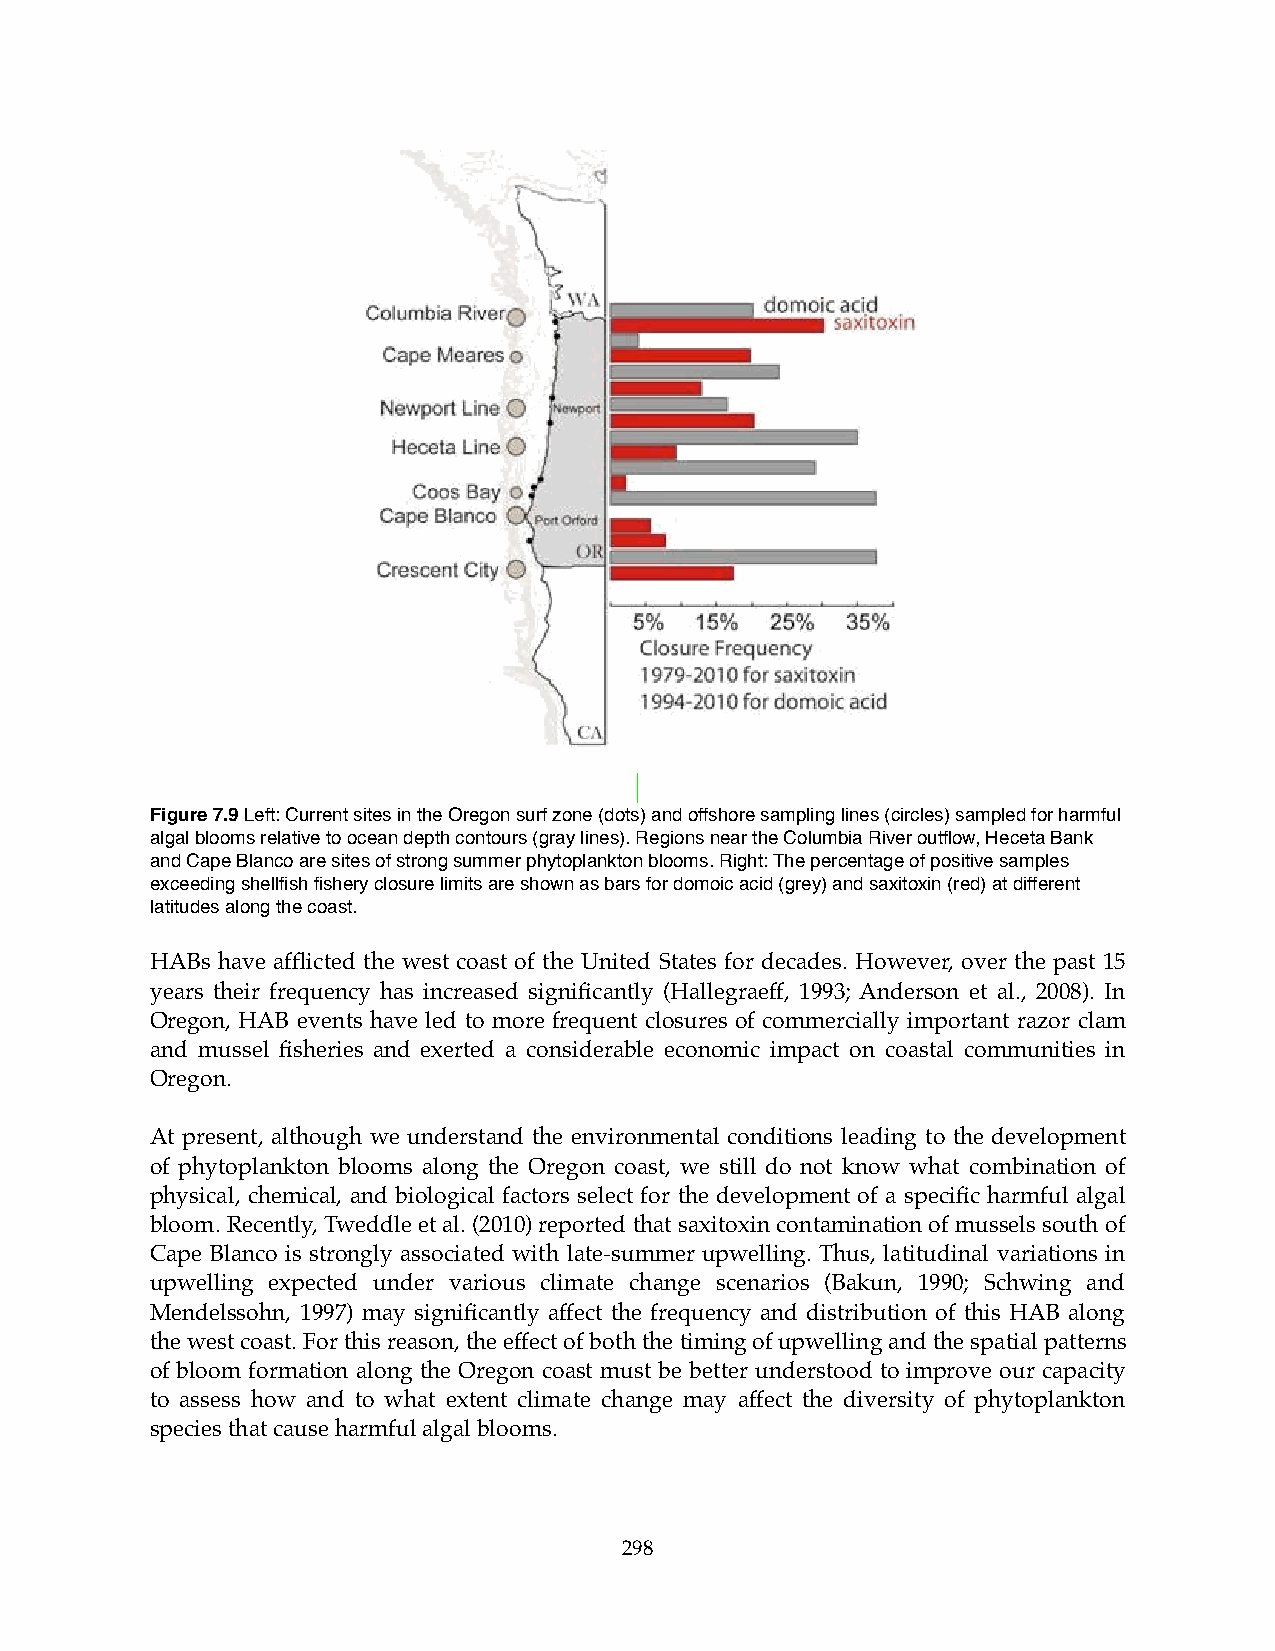
Figure 7.9 Left: Current sites in the Oregon surf zone (dots) and offshore sampling lines (circles) sampled for harmful
 algal blooms relative to ocean depth contours (gray lines). Regions near the Columbia River outflow, Heceta Bank
 and Cape Blanco are sites of strong summer phytoplankton blooms. Right: The percentage of positive samples
 exceeding shellfish fishery closure limits are shown as bars for domoic acid (grey) and saxitoxin (red) at different
 latitudes along the coast.
 HABs have afflicted the west coast of the United States for decades. However, over the past 15
 years their frequency has increased significantly (Hallegraeff, 1993; Anderson et al., 2008). In
 Oregon, HAB events have led to more frequent closures of commercially important razor clam
 and mussel fisheries and exerted a considerable economic impact on coastal communities in
 Oregon.
 At present, although we understand the environmental conditions leading to the development
 of phytoplankton blooms along the Oregon coast, we still do not know what combination of
 physical, chemical, and biological factors select for the development of a specific harmful algal
 bloom. Recently, Tweddle et al. (2010) reported that saxitoxin contamination of mussels south of
 Cape Blanco is strongly associated with late-summer upwelling. Thus, latitudinal variations in
 upwelling expected under various climate change scenarios (Bakun, 1990; Schwing and
 Mendelssohn, 1997) may significantly affect the frequency and distribution of this HAB along
 the west coast. For this reason, the effect of both the timing of upwelling and the spatial patterns
 of bloom formation along the Oregon coast must be better understood to improve our capacity
 to assess how and to what extent climate change may affect the diversity of phytoplankton
 species that cause harmful algal blooms.
 298